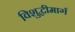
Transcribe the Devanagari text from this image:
विशुद्धीमार्ग